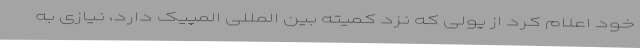
خود اعلام کرد از پولی که نزد کمیته بین المللی المپیک دارد، نیازی به